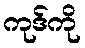
ကုဒ်ကို